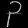
Digit: ၃